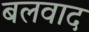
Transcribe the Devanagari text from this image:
बलवाद